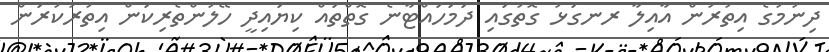
ދިނުމުގެ އިތުރުން އާއިލާ ރނގަޅު ގޮތުގައި ދަމަހައްޓާނެ ގޮތްތައް ކިޔައިދީ ހޭލުންތެރިކަން އިތުރުކުރަން